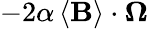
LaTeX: -2\alpha\left\langle\mathbf{B}\right\rangle\cdot\boldsymbol{\Omega}